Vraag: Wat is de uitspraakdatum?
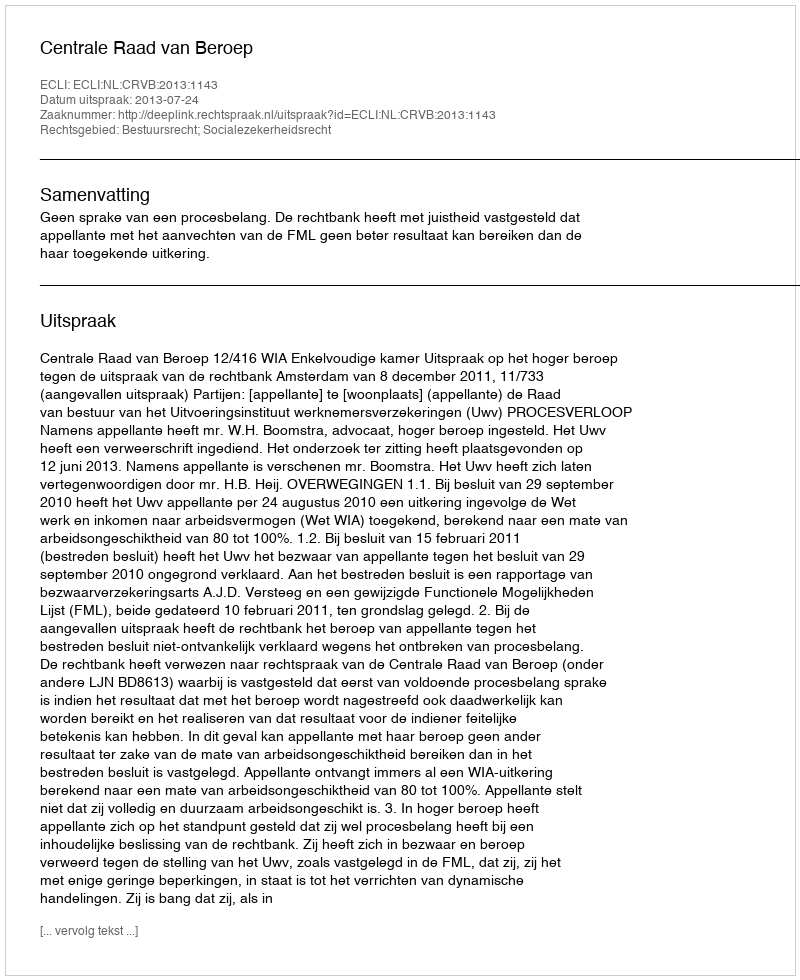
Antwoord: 2013-07-24